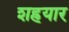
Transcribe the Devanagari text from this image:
शह्रयार